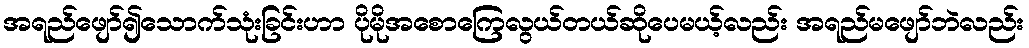
အရည်ဖျော်၍သောက်သုံးခြင်းဟာ ပိုမိုအစောကြေလွယ်တယ်ဆိုပေမယ့်လည်း အရည်မဖျော်ဘဲလည်း